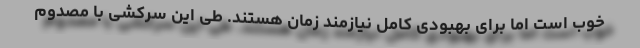
خوب است اما برای بهبودی کامل نیازمند زمان هستند. طی این سرکشی با مصدوم